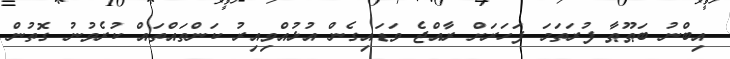
އިބްނު ބަޠޫޠާ ފުރަތަމަ ފަހަރަށް ރާއްޖެ ވަޑައިގެން އުޅުއްވިއިރު ކަންތައްތައް ކުރެވުނު ގޮތުން